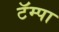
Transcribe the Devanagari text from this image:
टॅम्पा